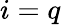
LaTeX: i=q